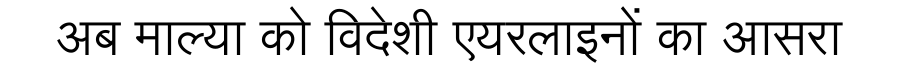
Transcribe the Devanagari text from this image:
अब माल्या को विदेशी एयरलाइनों का आसरा